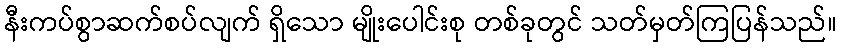
နီးကပ်စွာဆက်စပ်လျက် ရှိသော မျိုးပေါင်းစု တစ်ခုတွင် သတ်မှတ်ကြပြန်သည်။